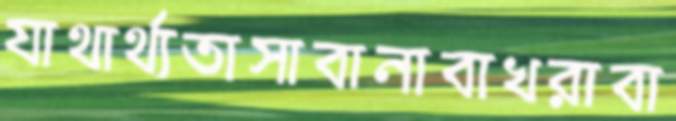
যাথার্থ্যতাসাবানাবাখরাবা